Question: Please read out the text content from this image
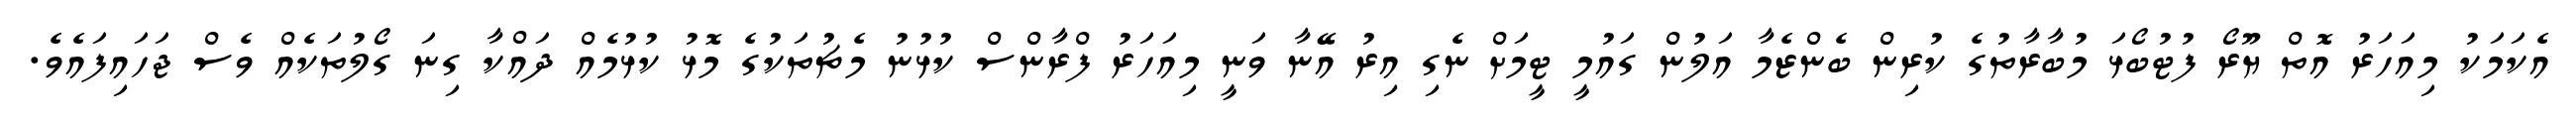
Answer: އެކަމަކު މިއަހަރު އޮތް ޔޫރޯ ފުޓުބޯޅަ މުބާރާތުގެ ކުރިން ބެންޒެމާ އަލުން ގައުމީ ޓީމަށް ނެގި އިރު އޭނާ ވަނީ މިއަހަރު ފްރާންސް ކުޅުނު މެޗުތަކުގެ މޮޅު ކުޅުމެއް ދައްކާ ގިނަ ގޯލުތަކެއް ވެސް ޖަހައިފައެވެ.